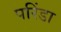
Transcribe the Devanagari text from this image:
परिंडा